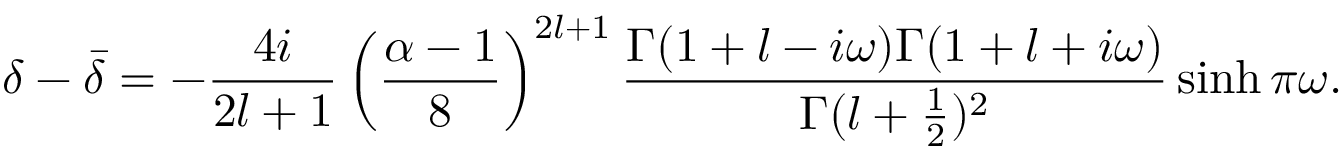
\delta - \bar { \delta } = - \frac { 4 i } { 2 l + 1 } \left( \frac { \alpha - 1 } { 8 } \right) ^ { 2 l + 1 } \frac { \Gamma ( 1 + l - i \omega ) \Gamma ( 1 + l + i \omega ) } { \Gamma ( l + \frac { 1 } { 2 } ) ^ { 2 } } \sinh \pi \omega .